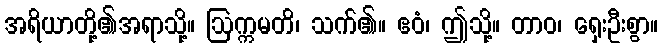
အရိယာတို့၏အရာသို့။ ဩက္ကမတိ၊ သက်၏။ ဧဝံ၊ ဤသို့။ တာဝ၊ ရှေးဦးစွာ။